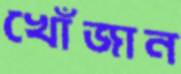
খোঁজান